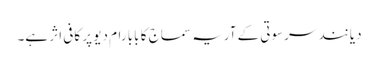
دیانند سرسوتی کے آریہ سماج کا بابا رام دیو پر کافی اثر ہے۔